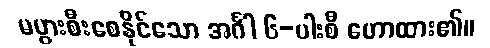
မပွားစီးစေနိုင်သော အင်္ဂါ ၆-ပါးစီ ဟောထား၏။